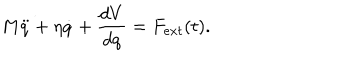
M \ddot { q } + \eta \dot { q } + \frac { d V } { d q } = F _ { e x t } ( t ) .